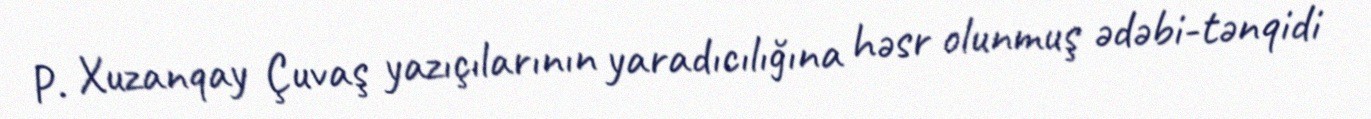
P. Xuzanqay Çuvaş yazıçılarının yaradıcılığına həsr olunmuş ədəbi-tənqidi